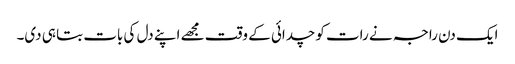
ایک دن راجہ نے رات کو چدائی کے وقت مجھے اپنے دل کی بات بتا ہی دی۔